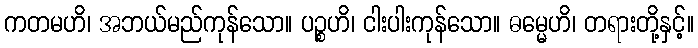
ကတမဟိ၊ အဘယ်မည်ကုန်သော။ ပဉ္စဟိ၊ ငါးပါးကုန်သော။ ဓမ္မေဟိ၊ တရားတို့နှင့်။